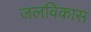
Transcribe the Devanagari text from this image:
जलविकास